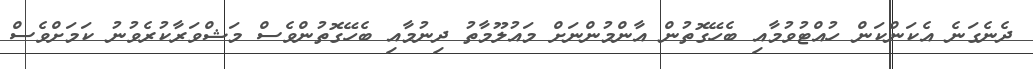
ދެނެގަނެ އެކަންކަން ހުއްޓުވުމާއި ބެހޭގޮތުން އާންމުންނަށް މައުލޫމާތު ދިނުމާއި ބެހޭގޮތުންވެސް މަޝްވަރާކުރެވުނު ކަމަށްވެސް